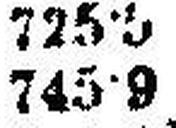
745·9